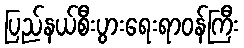
ပြည်နယ်စီးပွားရေးရာဝန်ကြီး